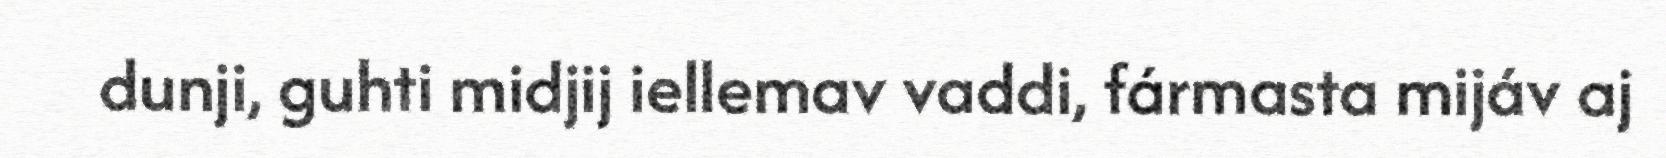
dunji, guhti midjij iellemav vaddi, fármasta mijáv aj